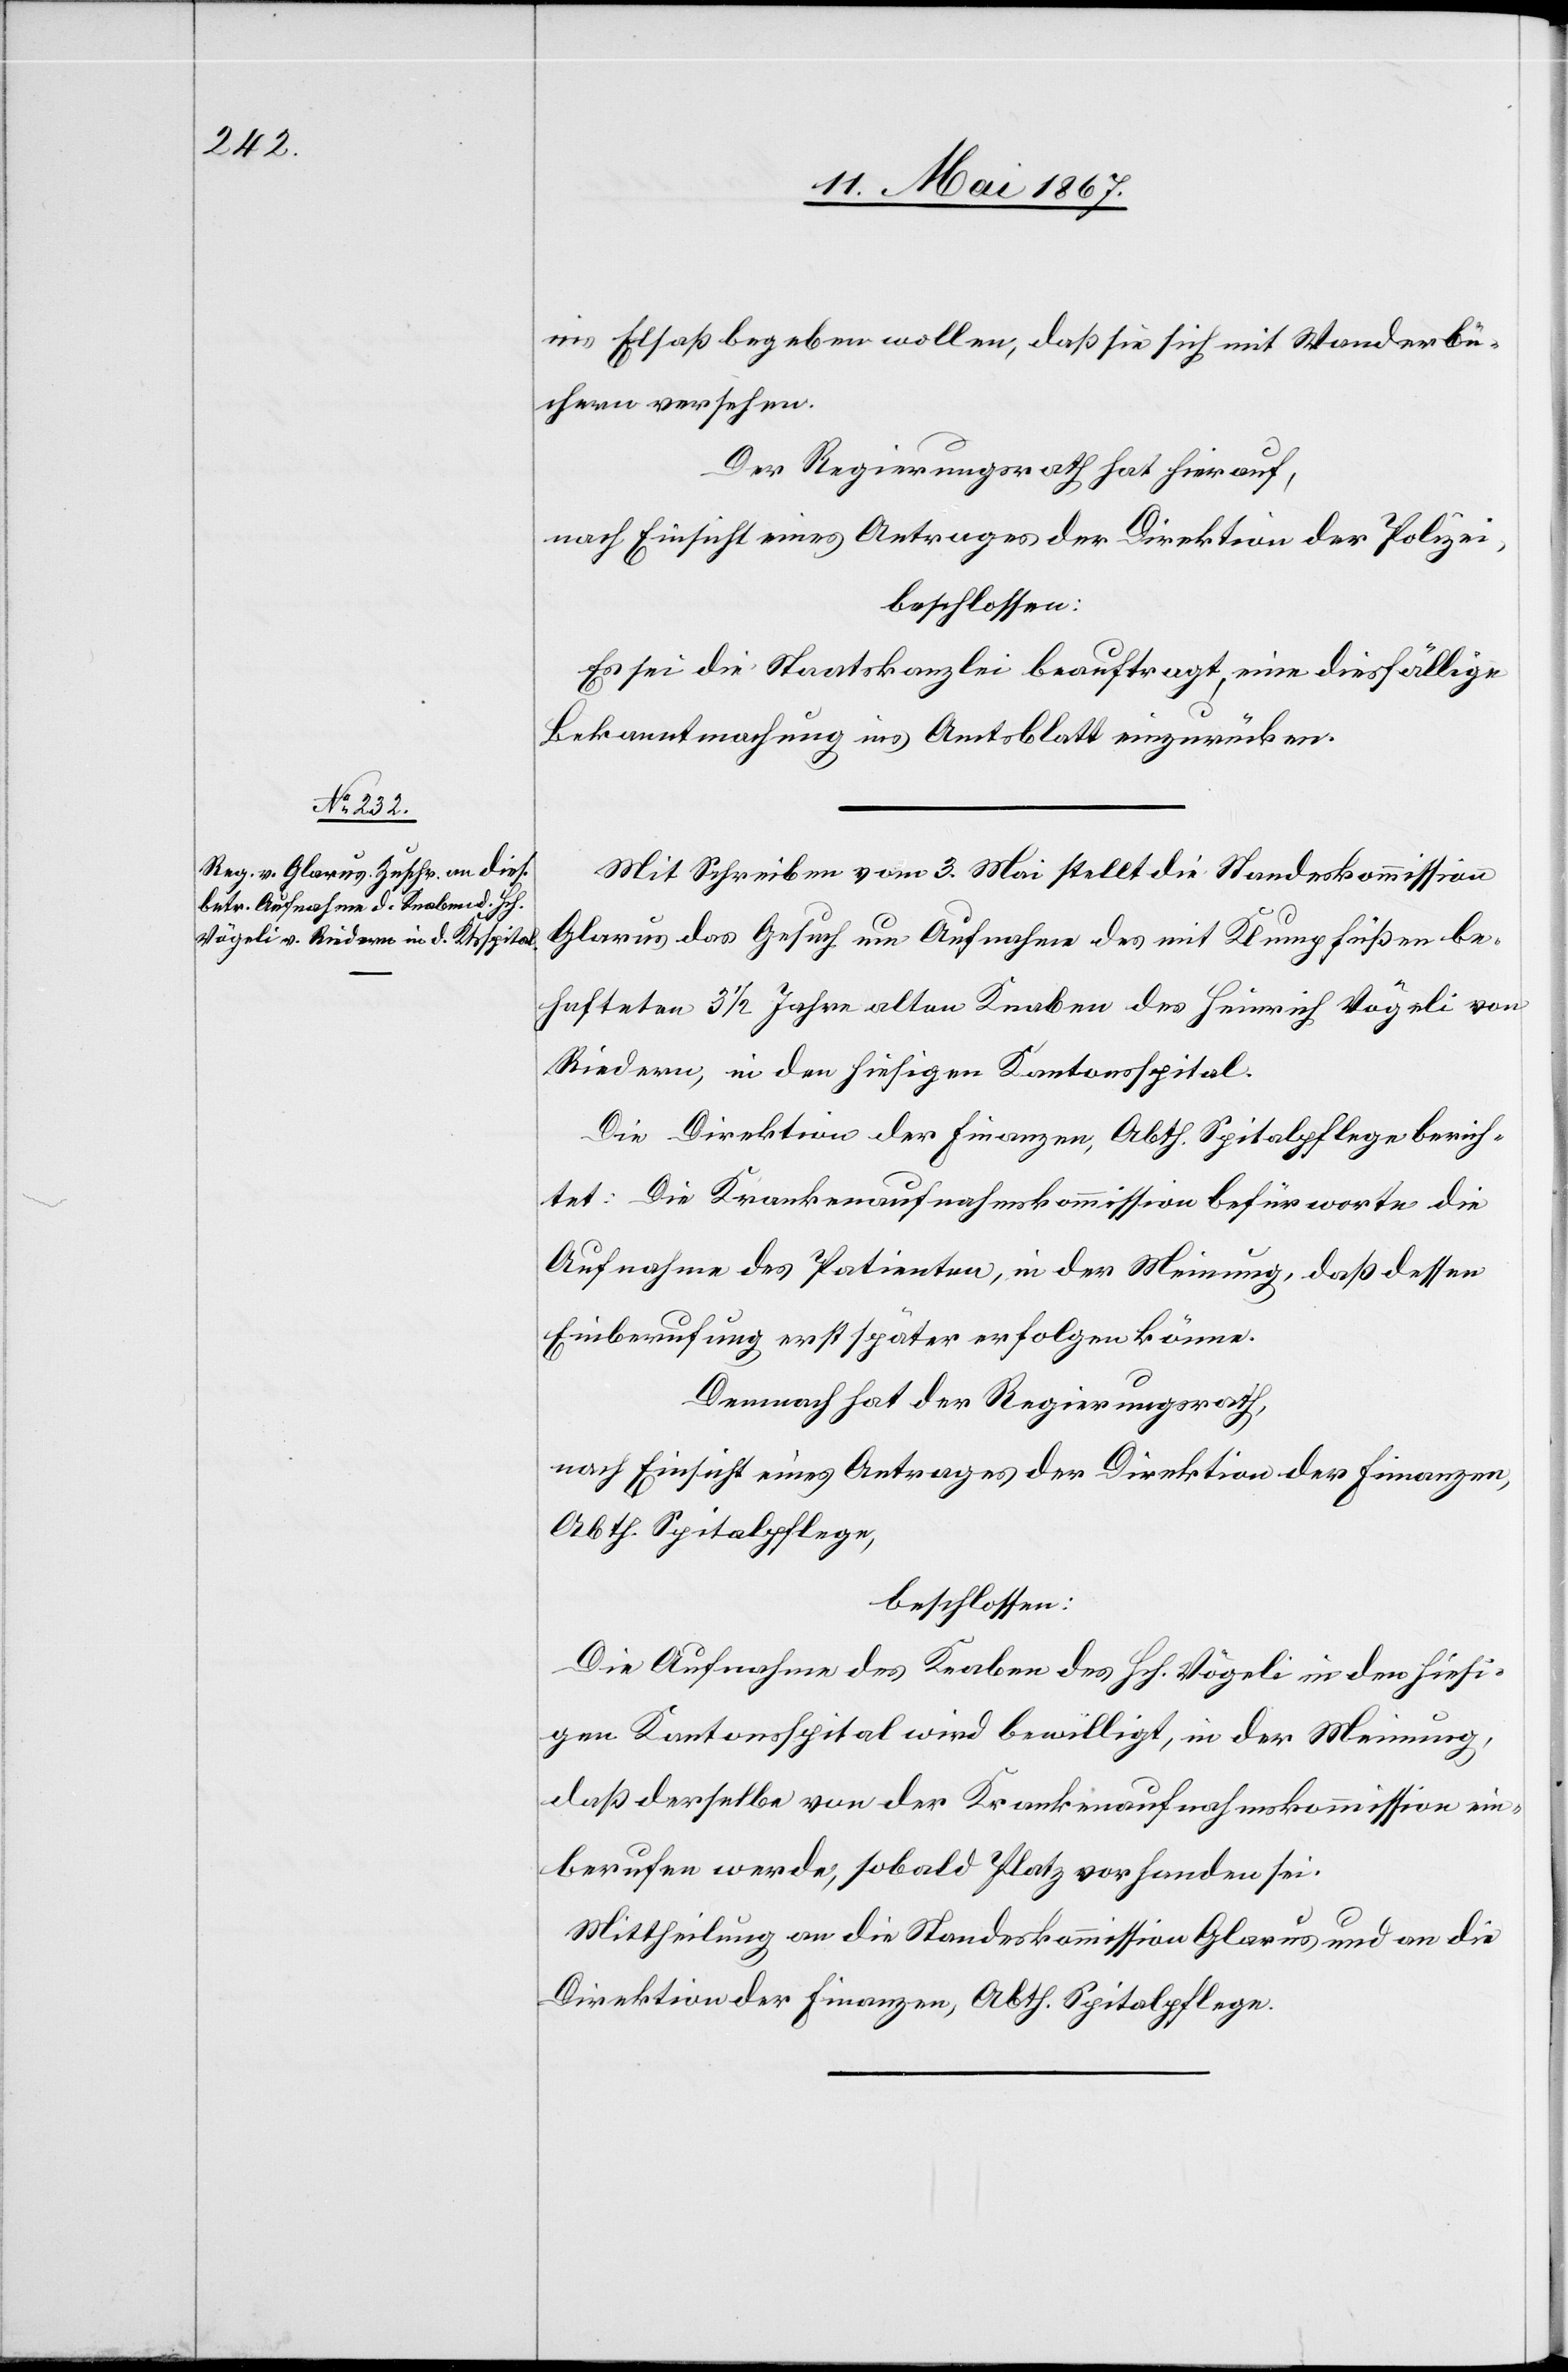
ins Elsaß begeben wollen, daß sie sich mit Wanderbü¬
chern versehen.
Der Regierungsrath hat hierauf,
nach Einsicht eines Antrages der Direktion der Polizei,
beschlossen:
Es sei die Staatskanzlei beauftragt, eine diesfällige
Bekanntmachung ins Amtsblatt einzurücken.
Mit Schreiben vom 3. Mai stellt die Standeskommission
Glarus das Gesuch um Aufnahme des mit Klumpfüßen be¬
hafteten 3 1/2 Jahre alten Knaben des Heinrich Vögeli von
Riedern, in den hiesigen Kantonsspital.
Die Direktion der Finanzen, Abth. Spitalpflege berich¬
tet: Die Krankenaufnahmskommission befürwortet die
Aufnahme des Patienten, in der Meinung, daß dessen
Einberufung erst später erfolgen könne.
Demnach hat der Regierungsrath,
nach Einsicht eines Antrages der Direktion der Finanzen,
Abth. Spitalpflege,
beschlossen:
Die Aufnahme des Knaben des Hch. Vögeli in den hiesi¬
gen Kantonsspital wird bewilligt, in der Meinung,
daß derselbe von der Krankenaufnahmskommission ein¬
berufen werde, sobald Platz vorhanden sei.
Mittheilung an die Standeskommission Glarus und an die
Direktion der Finanzen, Abth. Spitalpflege.